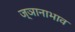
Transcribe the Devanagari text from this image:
ज्ञानाभाव